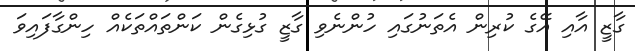
ގާޒީ އާއި އޭގެ ކުރިން އެތަނުގައި ހުންނެވި ގާޒީ ގުޅިގެން ކަންތައްތަކެއް ހިންގާފައިވަ